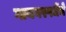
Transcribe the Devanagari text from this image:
गायनस्पर्धेचे